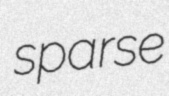
sparse